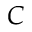
C